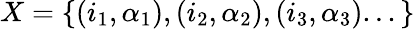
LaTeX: X=\{ (i_{1},\alpha_{1}),(i_{2},\alpha_{2}),(i_{3},\alpha_{3})...\}